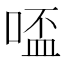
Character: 𠸟